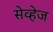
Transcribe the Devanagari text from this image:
सेव्हेज